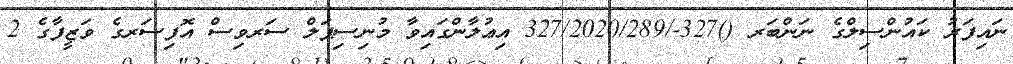
ނައިފަރު ކައުންސިލްގެ ނަންބަރ ()327-/327/2020/289 އިޢުލާންގައިވާ މުނިސިޕަލް ސަރވިސް އޮފިސަރގެ ވަޒީފާގެ 2